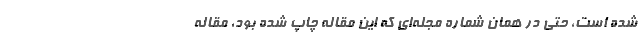
شده است، حتی در همان شماره مجله‌ای که این مقاله چاپ‌ شده بود، مقاله